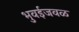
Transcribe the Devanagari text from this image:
भुवईजवळ